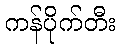
ကန်ပိုက်တီး